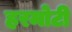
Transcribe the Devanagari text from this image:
हरमोटी